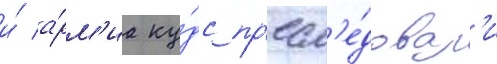
и́ а́рм'иа ку́дс пр'есл'е́довал'и